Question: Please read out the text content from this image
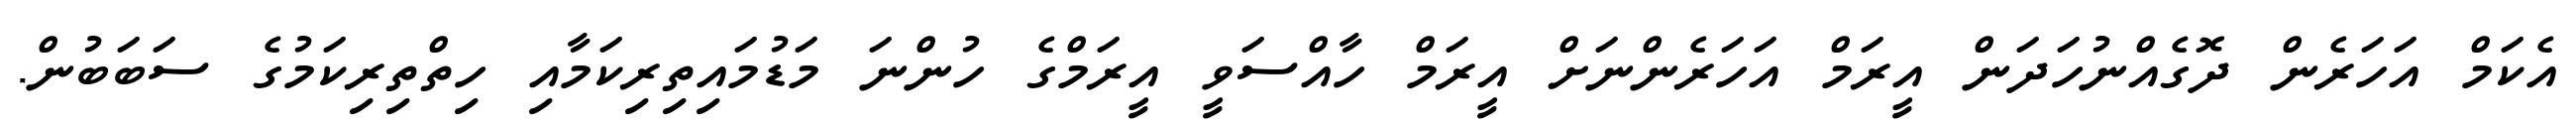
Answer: އެކަމް އަހަރެން ދޮގެއްނުހަދަން އީރަމް އަހަރެންނަށް އީރަމް ހާއްސަވީ އީރަމްގެ ހުންނަ މަޑުމައިތިރިކަމާއި ހިތްތިރިކަމުގެ ސަބަބުން.